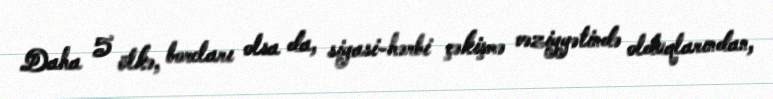
Daha 5 ölkə, borcları olsa da, siyasi-hərbi çəkişmə vəziyyətində olduqlarından,